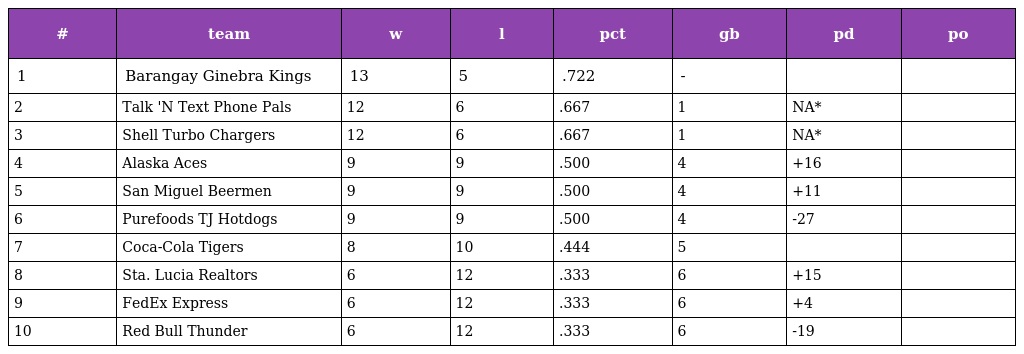
| # | team | w | l | pct | gb | pd | po |
 | --- | --- | --- | --- | --- | --- | --- | --- |
 | 1 | Barangay Ginebra Kings | 13 | 5 | .722 | - |  |  |
 | 2 | Talk 'N Text Phone Pals | 12 | 6 | .667 | 1 | NA* |  |
 | 3 | Shell Turbo Chargers | 12 | 6 | .667 | 1 | NA* |  |
 | 4 | Alaska Aces | 9 | 9 | .500 | 4 | +16 |  |
 | 5 | San Miguel Beermen | 9 | 9 | .500 | 4 | +11 |  |
 | 6 | Purefoods TJ Hotdogs | 9 | 9 | .500 | 4 | -27 |  |
 | 7 | Coca-Cola Tigers | 8 | 10 | .444 | 5 |  |  |
 | 8 | Sta. Lucia Realtors | 6 | 12 | .333 | 6 | +15 |  |
 | 9 | FedEx Express | 6 | 12 | .333 | 6 | +4 |  |
 | 10 | Red Bull Thunder | 6 | 12 | .333 | 6 | -19 |  |